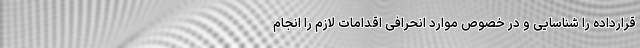
قرارداده را شناسایی و در خصوص موارد انحرافی اقدامات لازم را انجام